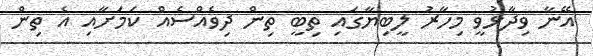
އޭނާ ވިދާޅުވީ މިހާރު ލީބިޔާގައި ތިބީ ތިން ދިވެއްސެއް ކަމަށާއި އެ ތިން